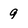
Character: 9